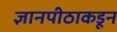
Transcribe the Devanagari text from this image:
ज्ञानपीठाकडून